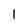
Character: l